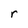
Character: r